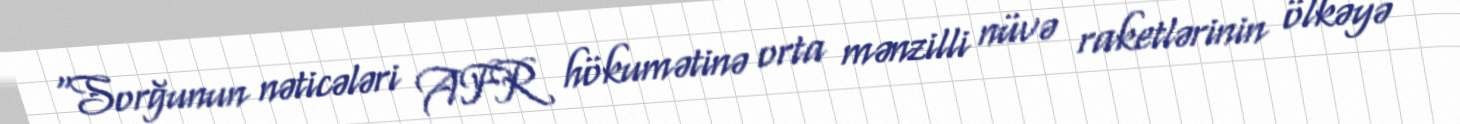
“Sorğunun nəticələri AFR hökumətinə orta mənzilli nüvə raketlərinin ölkəyə